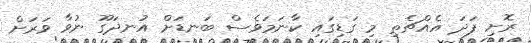
ރޮށި ފަދަ އެއްޗެތި މި ގަޑިގައި ކާނަމަވެސް ބަނޑަށް އުނދަގޫ ނުވާ ވަރަށް